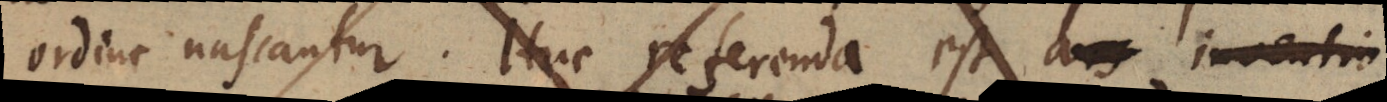
ordine nascantur. Huc referenda est ars inventio